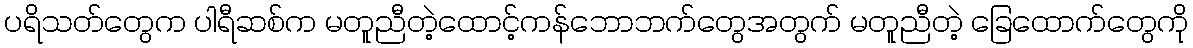
ပရိသတ်တွေက ပါရီဆစ်က မတူညီတဲ့ထောင့်ကန်ဘောဘက်တွေအတွက် မတူညီတဲ့ ခြေထောက်တွေကို